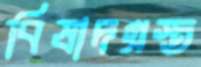
বিষাদগ্রস্ত